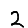
Digit: 2